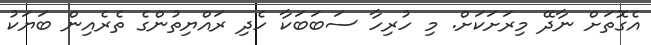
އެގޮތަށް ނާދޭ މިރަށަކަށް. މި ހުރިހާ ސަބަބަކާ ހެދި ރައްޔިތުންގެ ތެރެއިން ބަޔަކު